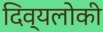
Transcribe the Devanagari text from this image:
दिव्यलोकी